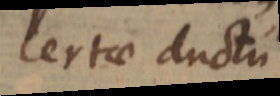
certae ductu